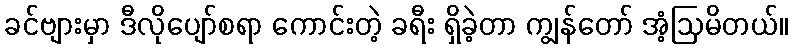
ခင်ဗျားမှာ ဒီလိုပျော်စရာ ကောင်းတဲ့ ခရီး ရှိခဲ့တာ ကျွန်တော် အံ့ဩမိတယ်။